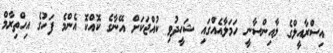
އިސްރާއީލްގެ ލާއިންސާނީ ހަމަލާއެއްގައި ޝަހީދުވި ކުއްޖަކަށް އޭނާގެ ކޮއްކޮ އެންމެ ފަހުގެ އިހްތިރާމް